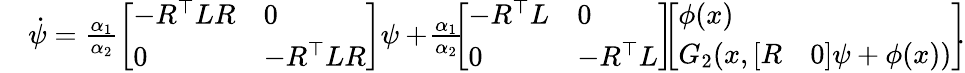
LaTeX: \begin{array}{rl}&{\dot{\psi}=\frac{\alpha_{1}}{\alpha_{2}}\left[\begin{array}{ll}{-R^{\top}LR}&{0}\\ {0}&{-R^{\top}LR}\end{array}\right]\psi+\! \frac{\alpha_{1}}{\alpha_{2}}\! \! \left[\begin{array}{ll}{-R^{\top}L}&{0}\\ {0}&{-R^{\top}L}\end{array}\right]\! \! \! \left[\begin{array}{l}{\phi(x)}\\ {G_{2}(x,\left[\begin{array}{ll}{R}&{0}\end{array}\right]\psi+\phi(x))}\end{array}\right]\! \! .}\end{array}